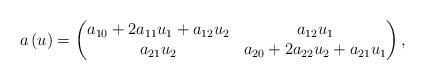
LaTeX: \begin{align*}a\left(u\right)=\begin{pmatrix}a_{10}+2a_{11}u_{1}+a_{12}u_{2} & a_{12}u_{1}\\a_{21}u_{2} & a_{20}+2a_{22}u_{2}+a_{21}u_{1}\end{pmatrix},\end{align*}